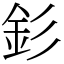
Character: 釤